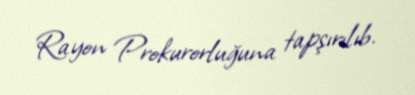
Rayon Prokurorluğuna tapşırılıb.